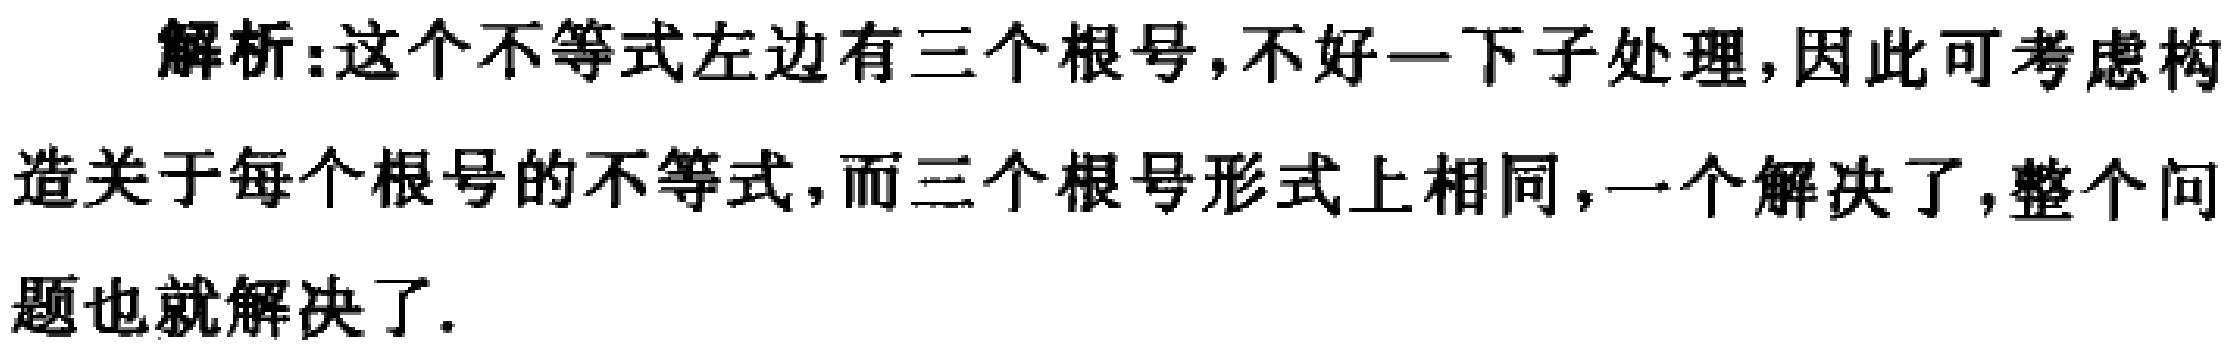
解析:这个不等式左边有三个根号,不好一下子处理,因此可考虑构造关于每个根号的不等式,而三个根号形式上相同,一个解决了,整个问题也就解决了.